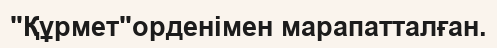
"Құрмет"орденімен марапатталған.